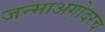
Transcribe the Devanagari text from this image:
जन्माअगोदरच